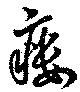
瘻